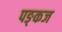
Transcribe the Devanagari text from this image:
पङ्कज